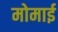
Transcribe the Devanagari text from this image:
मोमाई